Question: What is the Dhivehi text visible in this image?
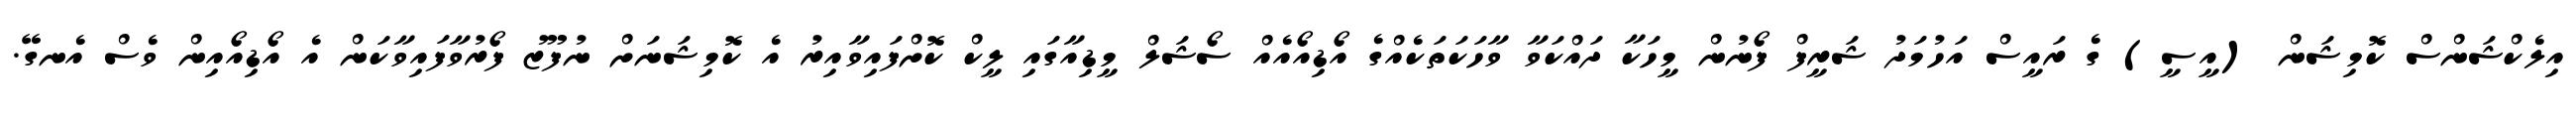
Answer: އިލެކްޝަންސް ކޮމިޝަން (އީސީ) ގެ ރައީސް އަހުމަދު ޝަރީފް ފޯނުން މީހަކާ ދައްކަވާ ވާހަކަތަކެއްގެ އޯޑިއޯއެއް ސޯޝަލް މީޑިއާގައި ލީކް ކޮށްފައިވާއިރު އެ ކޮމިޝަނަށް ނުފޫޒު ފޯރުވާފައިވާކަން އެ އޯޑިއޯއިން ވެސް އެނގޭ.